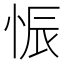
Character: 𱞗